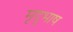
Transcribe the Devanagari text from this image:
मृदुभाष